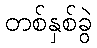
တစ်နှစ်ခွဲ